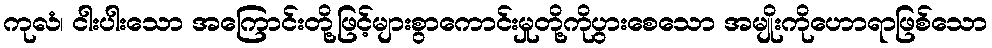
ကုလံ၊ ငါးပါးသော အကြောင်းတို့ဖြင့်များစွာကောင်းမှုတို့ကိုပွားစေသော အမျိုးကိုဟောရာဖြစ်သော